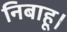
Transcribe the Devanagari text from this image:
निबाहू।